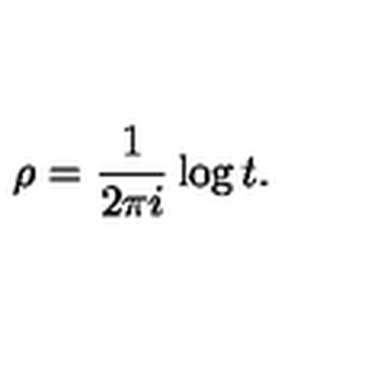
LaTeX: \rho = \frac { 1 } { 2 \pi i } \log t .